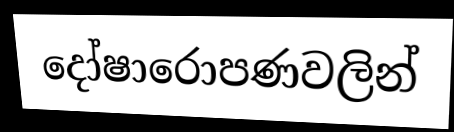
දෝෂාරොපණවලින්